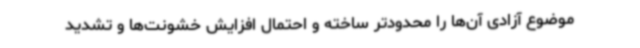
موضوع آزادی آن‌ها را محدودتر ساخته و احتمال افزایش خشونت‌ها و تشدید